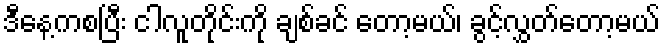
ဒီနေ့ကစပြီး ငါလူတိုင်းကို ချစ်ခင် တော့မယ်၊ ခွင့်လွှတ်တော့မယ်